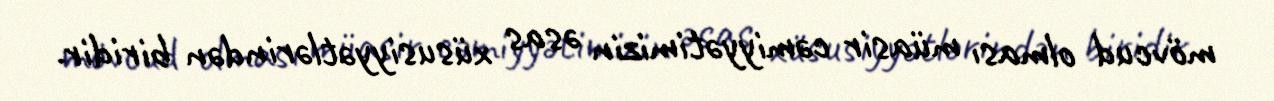
mövcud olması müasir cəmiyyətimizin əsas xüsusiyyətlərindən biridir.